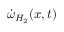
\dot { \omega } _ { H _ { 2 } } ( \boldsymbol { x } , t )